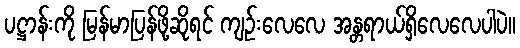
ပဋ္ဌာန်းကို မြန်မာပြန်ဖို့ဆိုရင် ကျဉ်းလေလေ အန္တရာယ်ရှိလေလေပါပဲ။